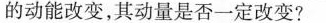
的动能改变，其动量是否一定改变？